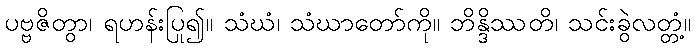
ပဗ္ဗဇိတွာ၊ ရဟန်းပြု၍။ သံဃံ၊ သံဃာတော်ကို။ ဘိန္ဒိဿတိ၊ သင်းခွဲလတ္တံ့။